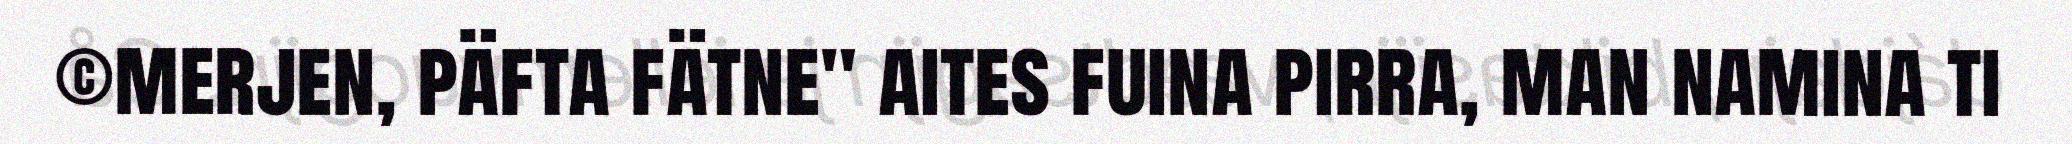
©merjen, päfta fätne" aites fuina pirra, man namina ti